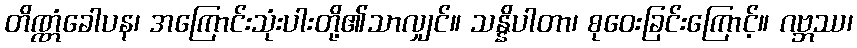
တိဏ္ဏံခေါပန၊ အကြောင်းသုံးပါးတို့၏သာလျှင်။ သန္နိပါတာ၊ စုဝေးခြင်းကြောင့်။ ဂဗ္ဘဿ၊